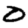
Digit: 0